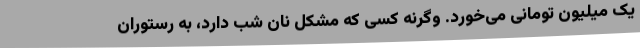
یک میلیون تومانی می‌خورد. وگرنه کسی که مشکل نان شب دارد، به رستوران